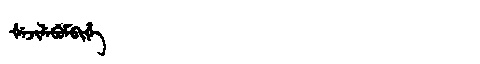
Manchu: ᡧᡝᠵᡳᠯᡝᠪᡠᠮᠪᡳᡥᡝ
Romanization: ŠEJILEBUMBIHE